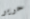
حرير